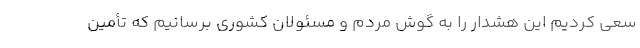
سعی کردیم این هشدار را به گوش مردم و مسئولان کشوری برسانیم که تأمین